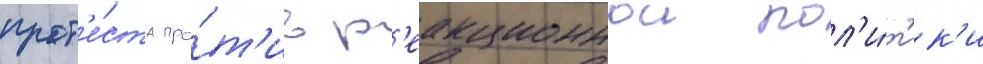
прот'е́ста про́т'ив р'еакционнои пол'и́т'ик'и